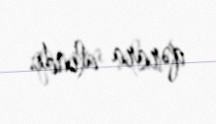
qərara alındı.